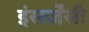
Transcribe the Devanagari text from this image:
इंसर्जेंसी